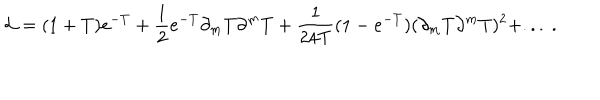
{ \cal L } = ( 1 + T ) e ^ { - T } + { \frac { 1 } { 2 } } e ^ { - T } \partial _ { m } T \partial ^ { m } T + { \frac { 1 } { 2 4 T } } ( 1 - e ^ { - T } ) ( \partial _ { m } T \partial ^ { m } T ) ^ { 2 } + . . . \ .